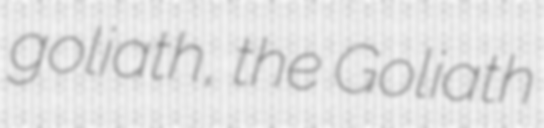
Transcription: goliath, the Goliath